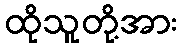
ထိုသူတို့အား